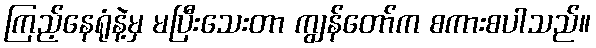
ကြည့်နေရုံနဲ့မှ မပြီးသေးတာ ကျွန်တော်က စကားစပါသည်။